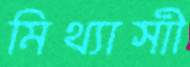
মিথ্যাসাী